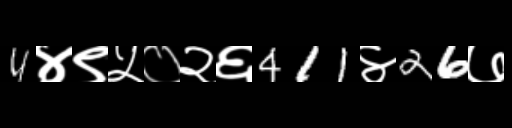
Text: 4४९५०२६411४26७